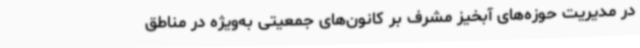
در مدیریت حوزه‌های آبخیز مشرف بر کانون‌های جمعیتی به‌ویژه در مناطق